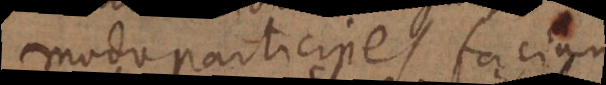
modo participes faciunt